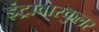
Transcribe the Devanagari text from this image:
इंट्रावास्कुलर